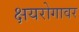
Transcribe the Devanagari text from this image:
क्षयरोगावर